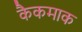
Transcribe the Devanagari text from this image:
कैकमाक